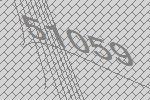
51059